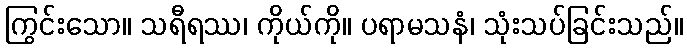
ကြွင်းသော။ သရီရဿ၊ ကိုယ်ကို။ ပရာမသနံ၊ သုံးသပ်ခြင်းသည်။